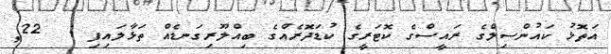
އަތޮޅު ކައުންސިލްގެ ރައީސްގެ ކޮޓަރީގެ ކުޑަދޮރެއްގެ ބިއްލޫރިގަނޑެއް ތަޅާލައިފި :  22